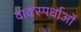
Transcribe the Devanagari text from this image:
वाक्स्पर्धाओं